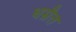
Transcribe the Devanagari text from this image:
धम्रैत